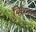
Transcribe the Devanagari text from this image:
विधना